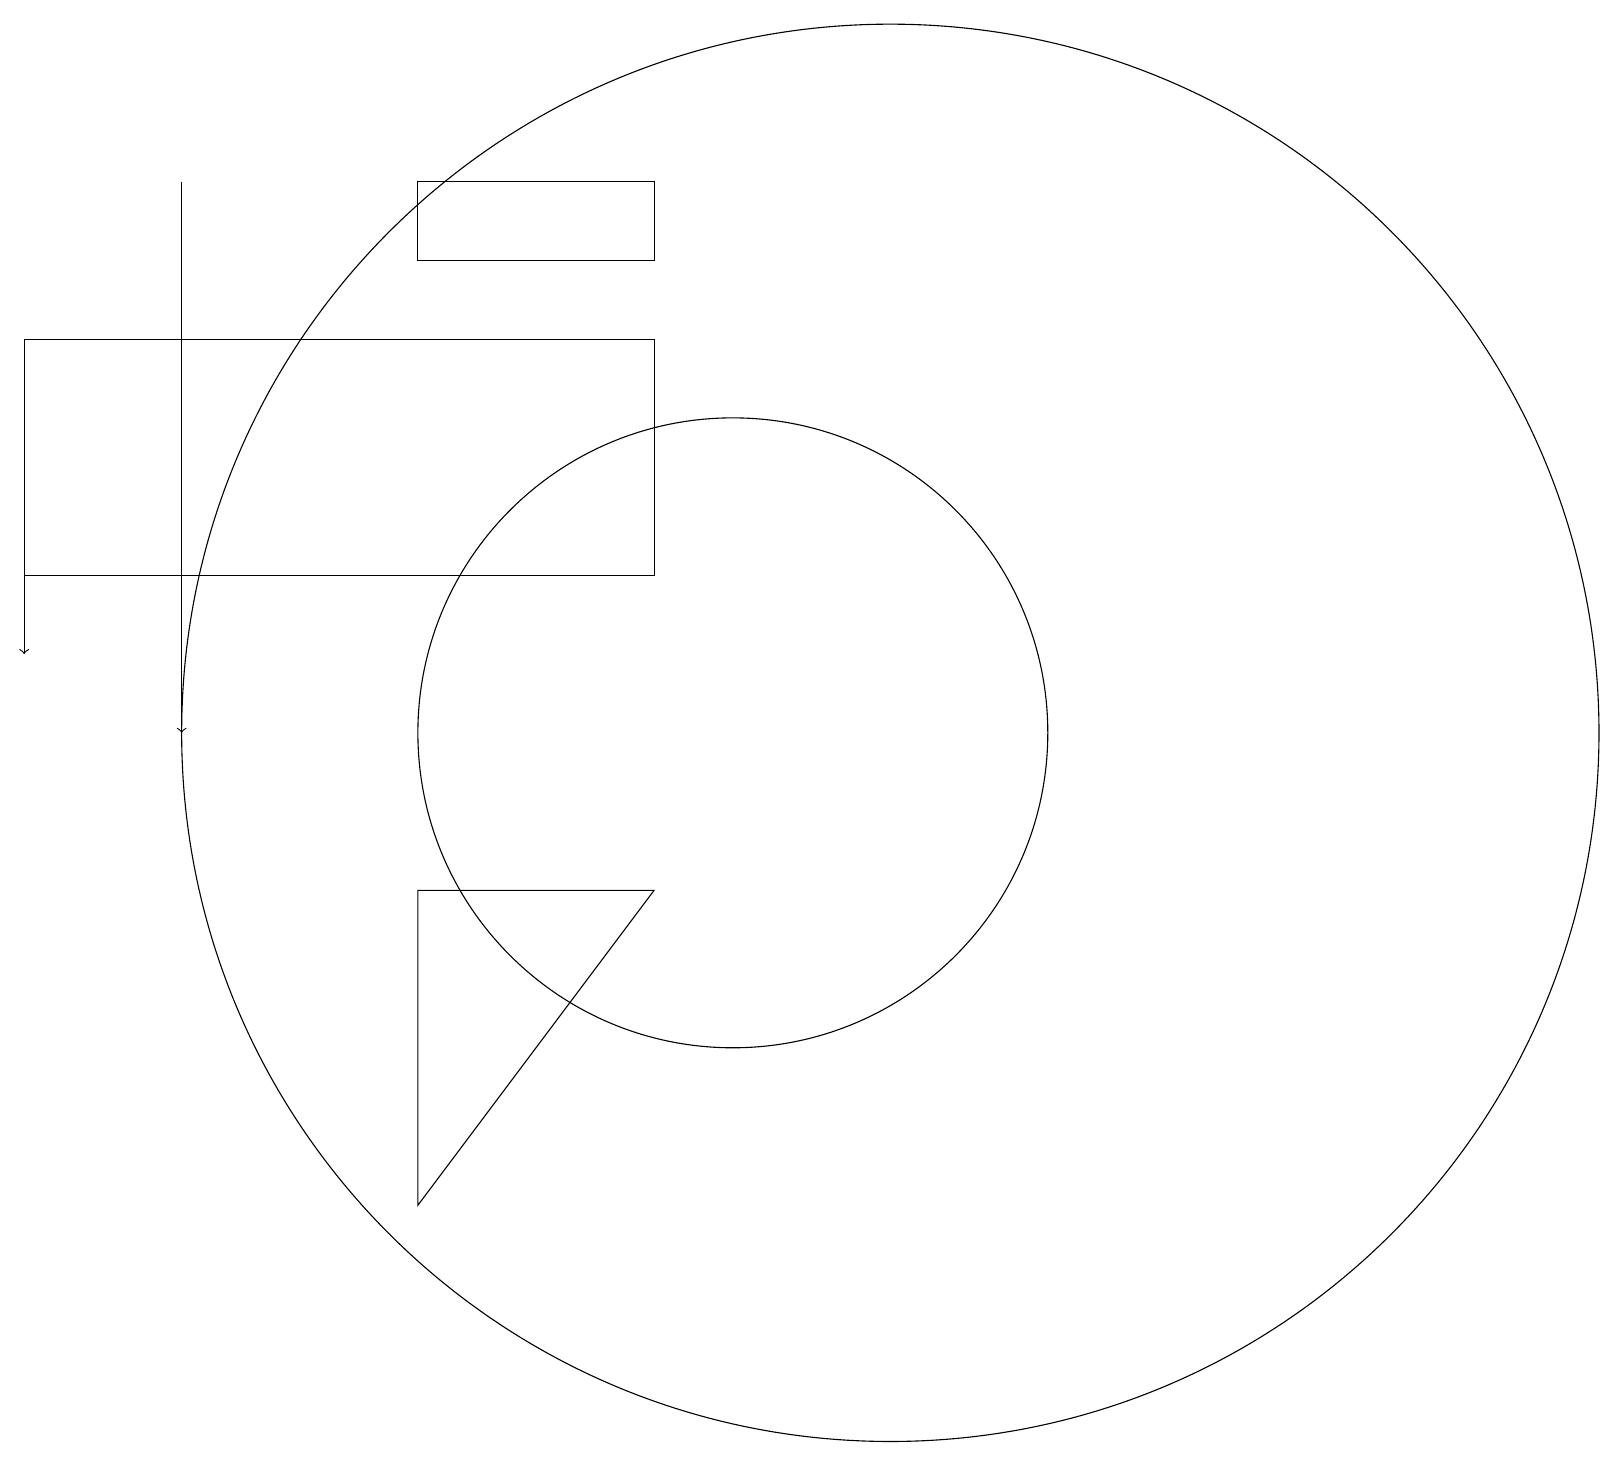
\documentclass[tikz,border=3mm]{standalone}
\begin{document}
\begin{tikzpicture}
\draw (10,11) circle (4);
\draw (1,16) rectangle (9,13);
\draw (6,9) -- (9,9) -- (6,5) -- cycle;
\draw (6,17) rectangle (9,18);
\draw (12,11) circle (9);
\draw[->] (1,15) -- (1,12);
\draw[->] (3,18) -- (3,11);
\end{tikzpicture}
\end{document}